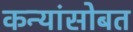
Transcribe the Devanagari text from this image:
कन्यांसोबत